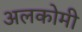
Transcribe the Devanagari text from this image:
अलकोमी